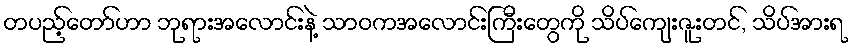
တပည့်တော်ဟာ ဘုရားအလောင်းနဲ့ သာဝကအလောင်းကြီးတွေကို သိပ်ကျေးဇူးတင်, သိပ်အားရ